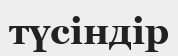
түсіндір